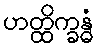
ဟတ္ထိက္ခန္ဓံ